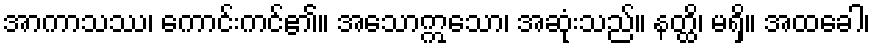
အာကာသဿ၊ ကောင်းကင်၏။ အသောဣသော၊ အဆုံးသည်။ နတ္ထိ၊ မရှိ။ အထခေါ၊